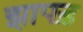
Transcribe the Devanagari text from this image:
झापड़